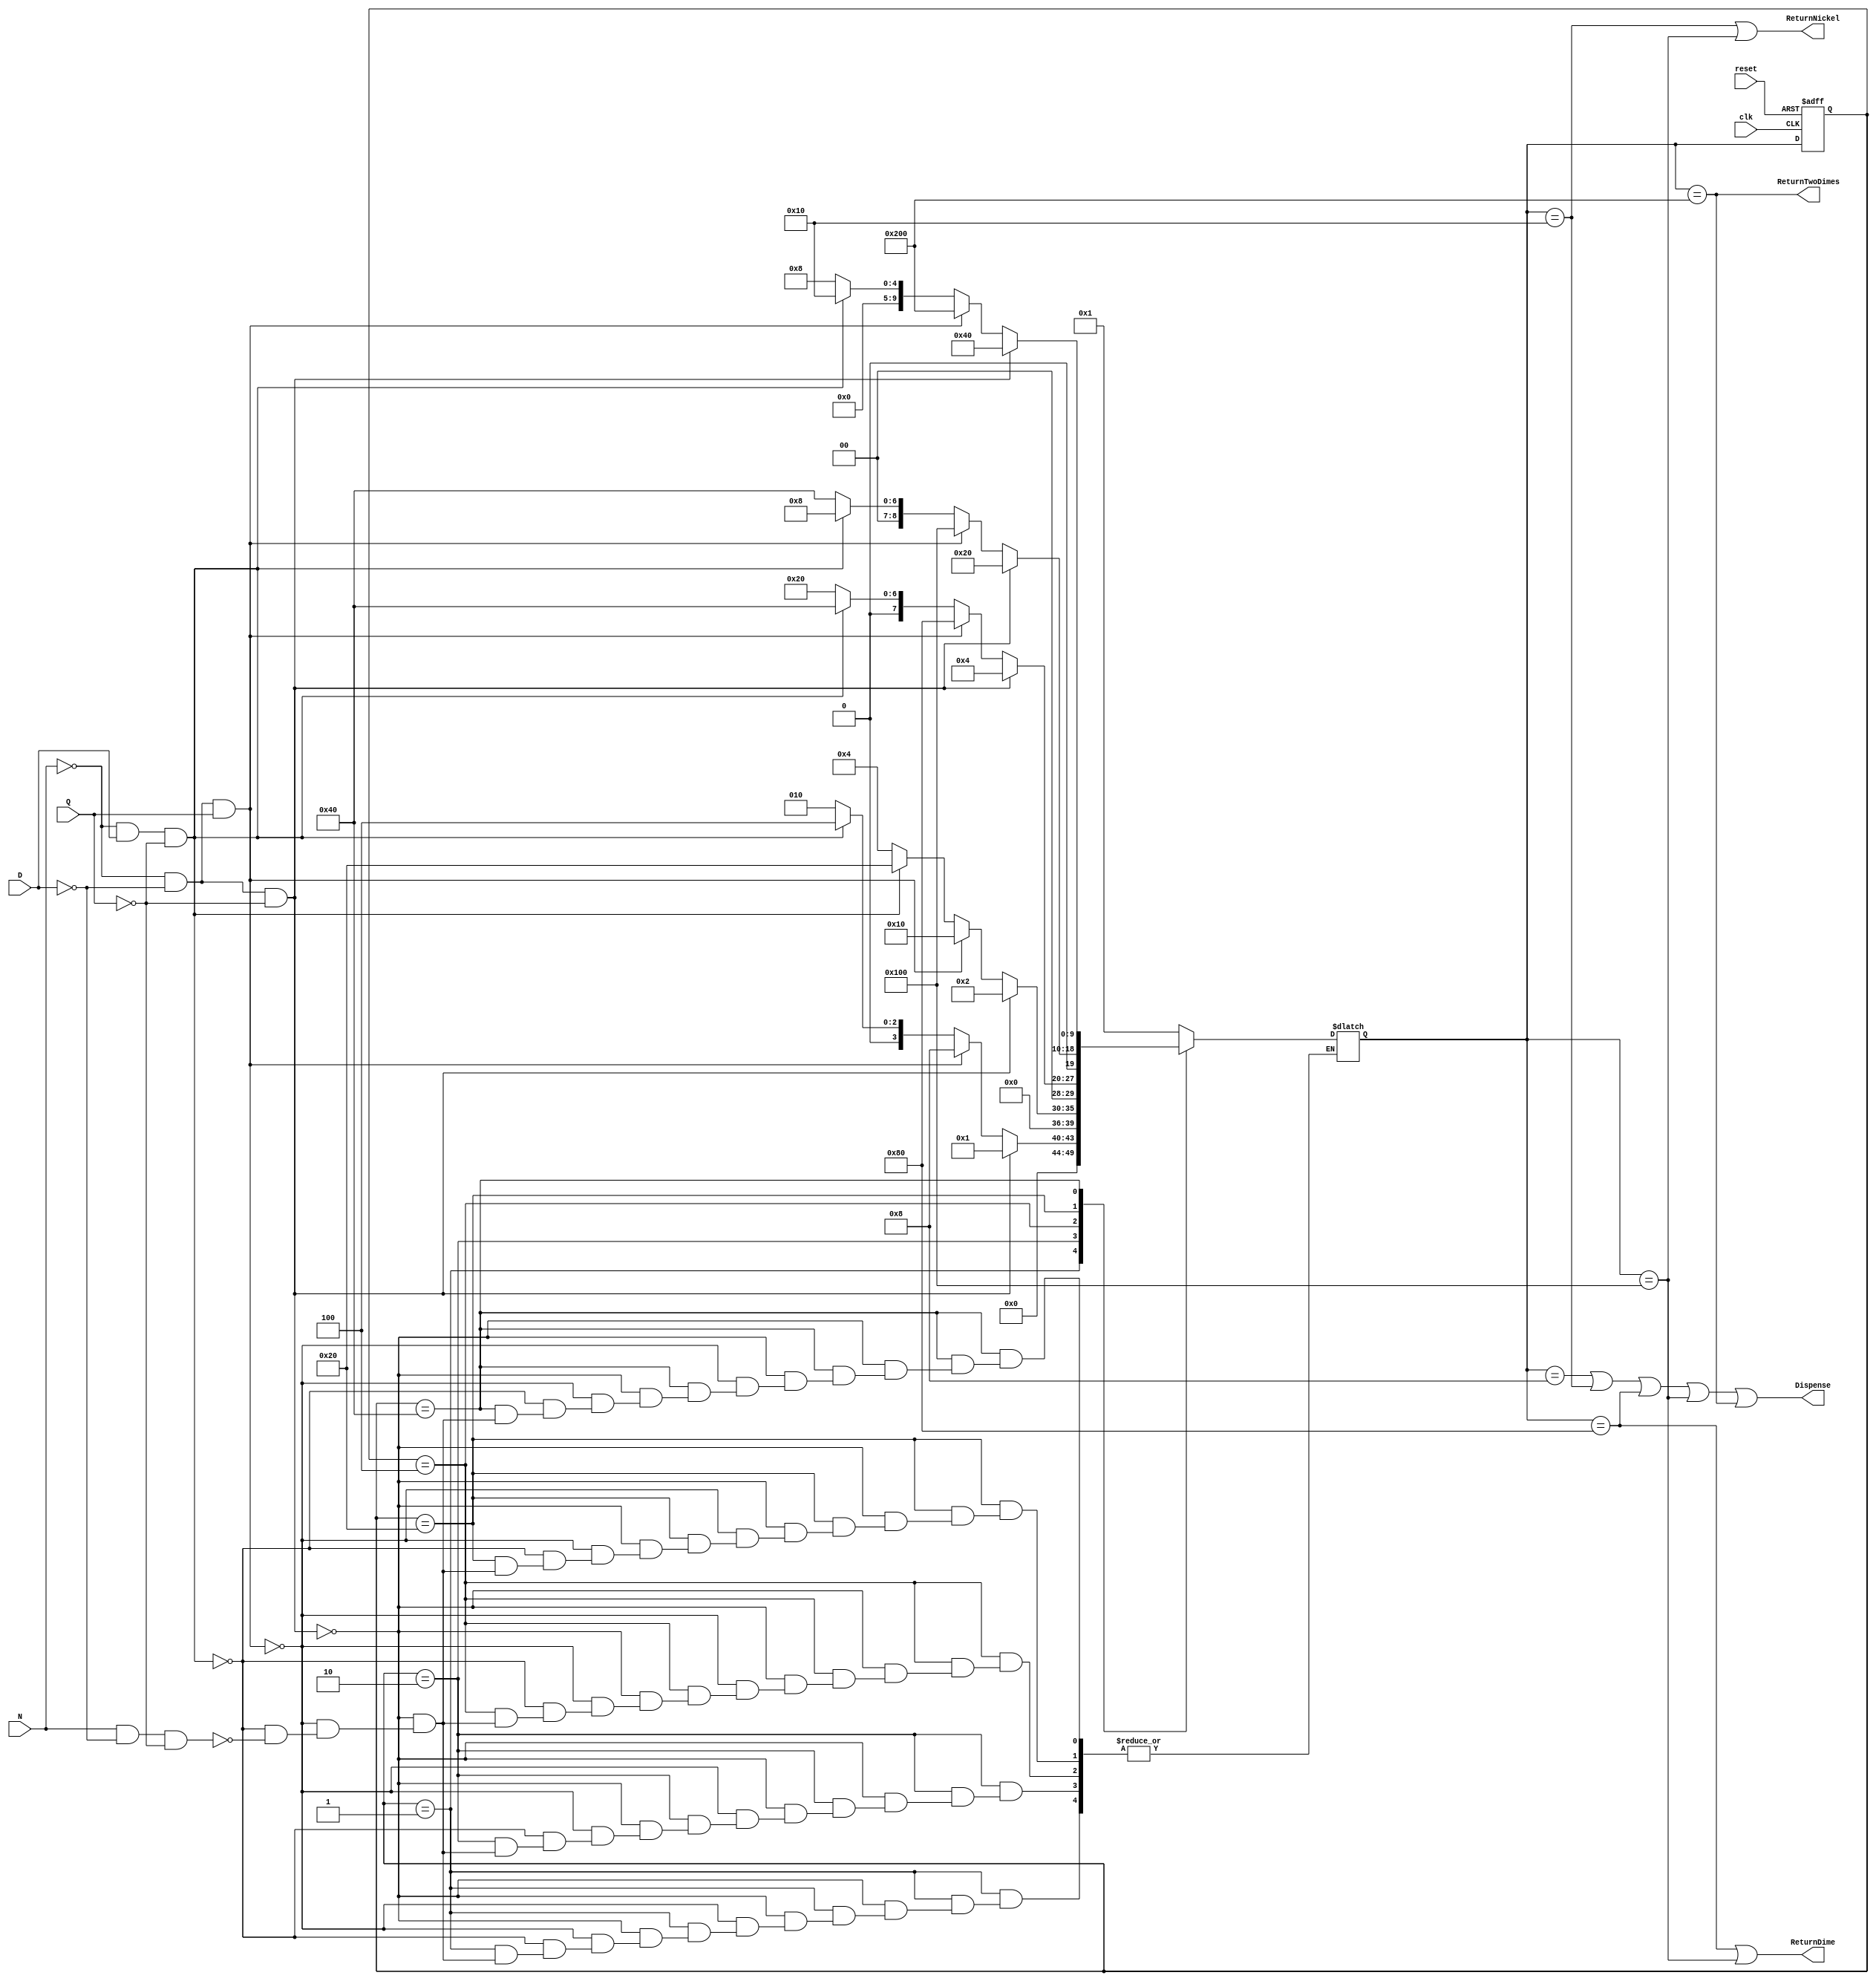
module VendingMachineFSM(input clk, input reset,input N,input D,input Q,output Dispense, 
output ReturnNickel,output ReturnDime,output ReturnTwoDimes);

reg [9:0] state, nextstate;

parameter S0=10'b0000000001, S1=10'b0000000010, S2=10'b0000000100, 
			S3=10'b0000001000, S4=10'b0000010000, S5=10'b0000100000, 
			S6=10'b0001000000, S7=10'b0010000000, S8=10'b0100000000, 
			S9=10'b1000000000;

always @(posedge clk, posedge reset) begin
    if (reset) state <= S0;
	else state <= nextstate;
end

always @(*) begin
    case (state)
         S0: begin
			if(N==0 & D == 0 & Q == 0) nextstate = S0;
			else if (N==0 & D == 0 & Q == 1) nextstate = S3;
			else if (N==0 & D == 1 & Q == 0) nextstate = S2;
			else if (N==1 & D == 0 & Q == 0) nextstate = S1;
			end 
			
			S1: begin
			if(N==0 & D == 0 & Q == 0) nextstate = S1;
			else if (N==0 & D == 0 & Q == 1) nextstate = S4;
			else if (N==0 & D == 1 & Q == 0) nextstate = S5;
			else if (N==1 & D == 0 & Q == 0) nextstate = S2;
			end
			
			S2: begin
			if(N==0 & D == 0 & Q == 0) nextstate = S2;
			else if (N==0 & D == 0 & Q == 1) nextstate = S7;
			else if (N==0 & D == 1 & Q == 0) nextstate = S6;
			else if (N==1 & D == 0 & Q == 0) nextstate = S5;
			end 
			
			S3: begin 
			nextstate = S0;
			end
			
			S4: begin
			nextstate = S0;
			end
			
			S5: begin
			if(N==0 & D == 0 & Q == 0) nextstate = S5;
			else if (N==0 & D == 0 & Q == 1) nextstate = S8;
			else if (N==0 & D == 1 & Q == 0) nextstate = S3;
			else if (N==1 & D == 0 & Q == 0) nextstate = S6;
			end 
			
			S6: begin
			if(N==0 & D == 0 & Q == 0) nextstate <= S6;
			else if (N==0 & D == 0 & Q == 1) nextstate = S9;
			else if (N==0 & D == 1 & Q == 0) nextstate = S4;
			else if (N==1 & D == 0 & Q == 0) nextstate = S3;
			end 
			
			S7: begin
			nextstate = S0;
			end
		
			S8: begin
			nextstate = S0;
			end
			
			S9: begin
			nextstate = S0;
			end
        
		  
        default: nextstate = S0;
    endcase
end

assign Dispense = (nextstate == S3) | (nextstate == S4) | (nextstate == S7) 
						| (nextstate == S8) | (nextstate == S9);
assign ReturnNickel = (nextstate == S4) | (nextstate == S8);
assign ReturnDime = (nextstate == S7) | (nextstate == S8);
assign ReturnTwoDimes = (nextstate == S9);

endmodule